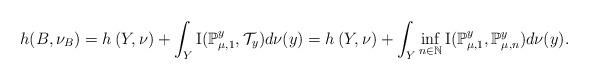
LaTeX: \begin{align*}h(B,\nu_{B})=h\left(Y,\nu\right)+\int_{Y}{\rm I}(\mathbb{P}_{\mu,1}^{y},\mathcal{T}_{y})d\nu(y)=h\left(Y,\nu\right)+\int_{Y}\inf_{n\in\mathbb{N}}{\rm I}(\mathbb{P}_{\mu,1}^{y},\mathbb{P}_{\mu,n}^{y})d\nu(y).\end{align*}